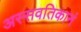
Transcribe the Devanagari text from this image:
अस्सवतिकानं